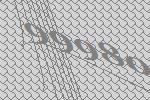
99980